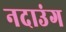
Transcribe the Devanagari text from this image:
नदाउंग